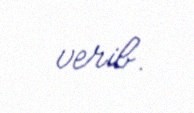
verib.